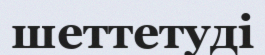
шеттетуді